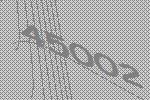
45002